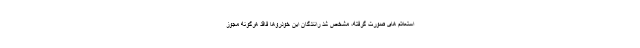
استعلام های صورت گرفته، مشخص شد رانندگان این خودروها فاقد هرگونه مجوز